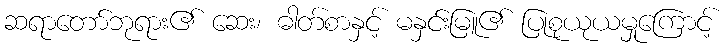
ဆရာတော်ဘုရား၏ ဆေး၊ ဓါတ်စာနှင့် မနှင်းမြူ၏ ပြုစုယုယမှုကြောင့်